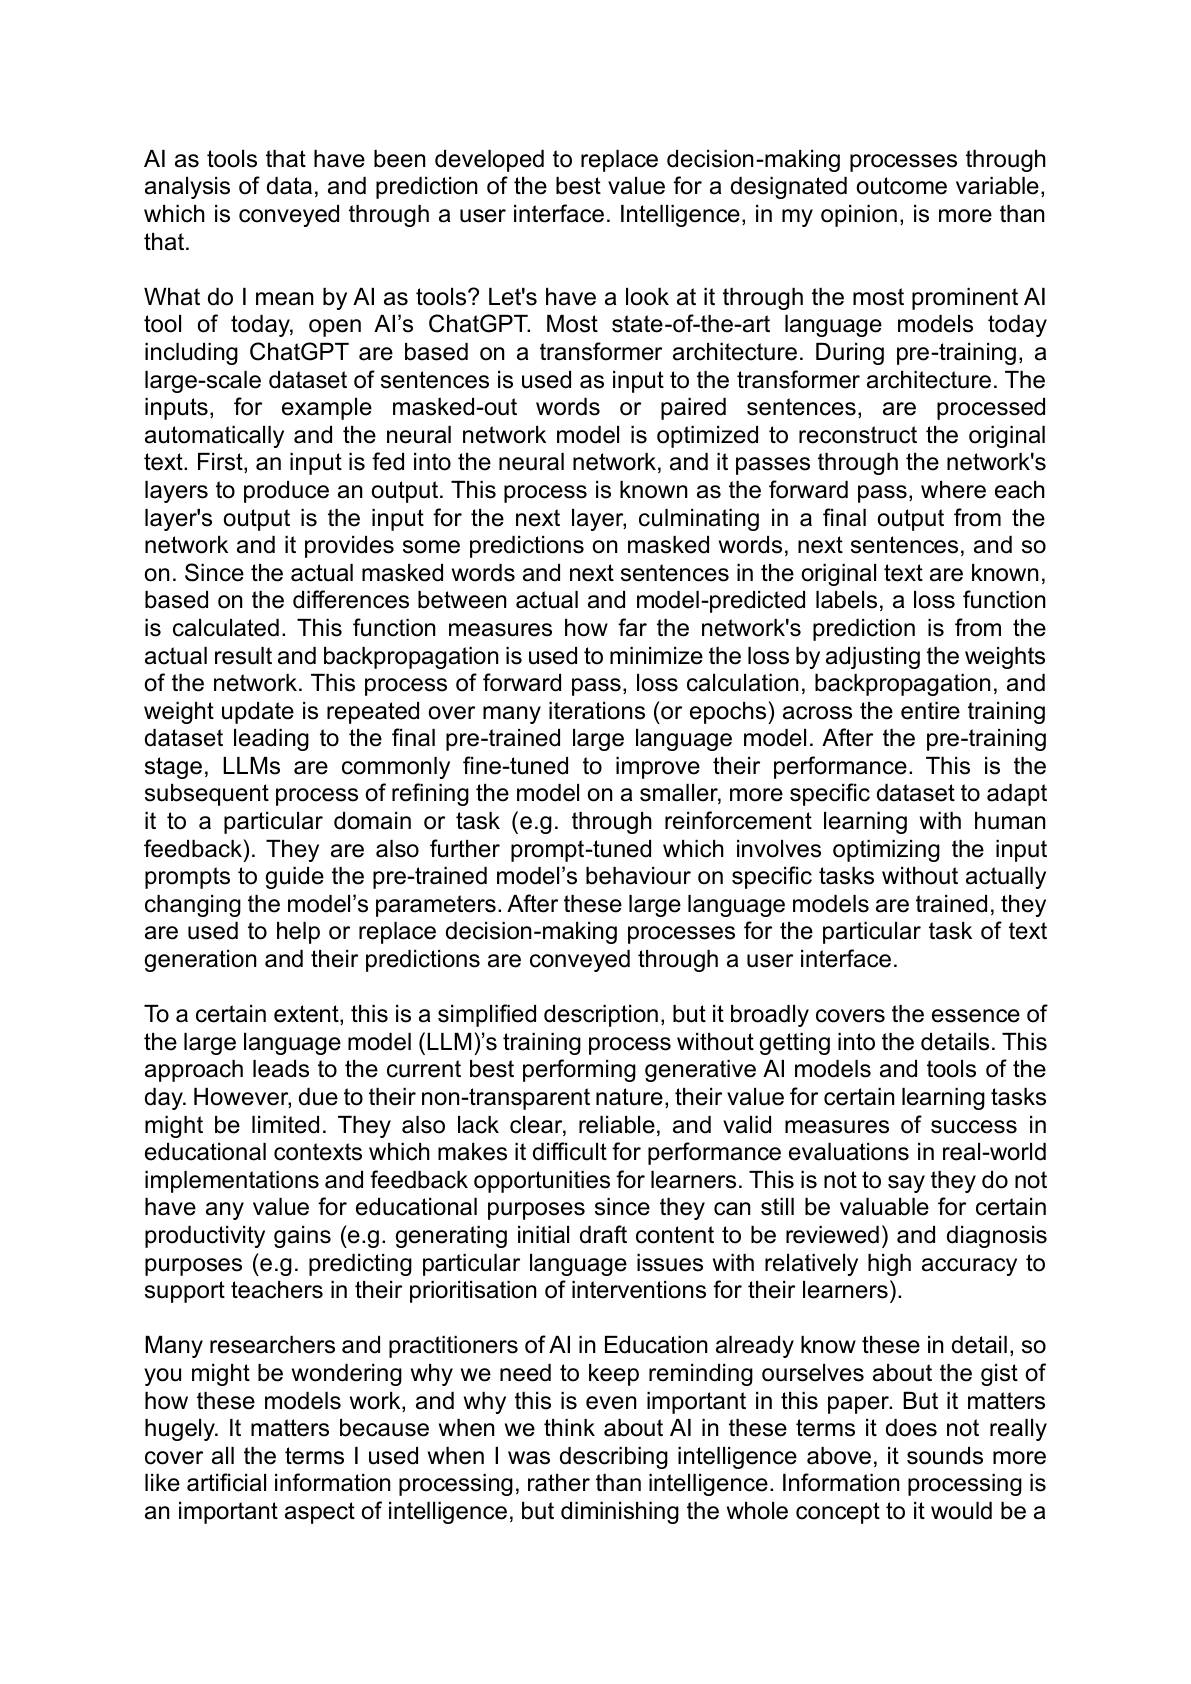
Al as tools that have been developed to replace decision-making processes through analysis of data, and prediction of the best value for a designated outcome variable, which is conveyed through $a$ user interface. Intelligence, in my opinion, is more than that.

What do I mean by Al as tools? Let's have a look at it through the most prominent Al tool of today, open Al's ChatGPT. Most state-of-the-art language models today including ChatGPT are based on a transformer architecture. During pre-training, a large-scale dataset of sentences is used as input to the transformer architecture. The inputs, for example masked-out words or paired sentences, are processed automatically and the neural network model is optimized to reconstruct the original text. First, an input is fed into the neural network, and it passes through the network's layers to produce an output. This process is known as the forward pass, where each layer's output is the input for the next layer, culminating in a final output from the network and it provides some predictions on masked words, next sentences, and so on. Since the actual masked words and next sentences in the original text are known, based on the differences between actual and model-predicted labels, a loss function is calculated. This function measures how far the network's prediction is from the actual result and backpropagation is used to minimize the loss by adjusting the weights of the network. This process of forward pass, loss calculation, backpropagation, and weight update is repeated over many iterations (or epochs) across the entire training dataset leading to the final pre-trained large language model. After the pre-training stage, LLMs are commonly fine-tuned to improve their performance. This is the subsequent process of refining the model on a smaller, more specific dataset to adapt it to a particular domain or task (e.g. through reinforcement learning with human feedback). They are also further prompt-tuned which involves optimizing the input prompts to guide the pre-trained model's behaviour on specific tasks without actually changing the model's parameters. After these large language models are trained, they are used to help or replace decision-making processes for the particular task of text generation and their predictions are conveyed through a user interface.
To a certain extent, this is a simplified description, but it broadly covers the essence of the large language model (LLM)'s training process without getting into the details. This approach leads to the current best performing generative Al models and tools of the day. However, due to their non-transparent nature, their value for certain learning tasks might be limited. They also lack clear, reliable, and valid measures of success in educational contexts which makes it difficult for performance evaluations in real-world implementations and feedback opportunities for learners. This is not to say they do not have any value for educational purposes since they can still be valuable for certain productivity gains (e.g. generating initial draft content to be reviewed) and diagnosis purposes (e.g. predicting particular language issues with relatively high accuracy to support teachers in their prioritisation of interventions for their learners).
Many researchers and practitioners of Al in Education already know these in detail, so you might be wondering why we need to keep reminding ourselves about the gist of how these models work, and why this is even important in this paper. But it matters hugely. It matters because when we think about Al in these terms it does not really cover all the terms I used when I was describing intelligence above, it sounds more like artificial information processing, rather than intelligence. Information processing is an important aspect of intelligence, but diminishing the whole concept to it would be a